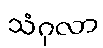
သံဂုလာ